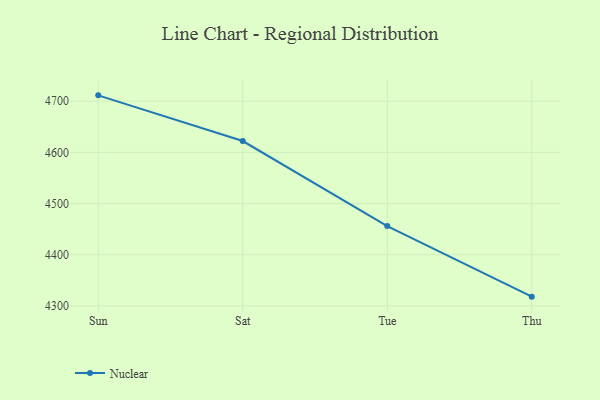
{"axis": {"x": "Day", "y": "Revenue (USD Million)"}, "legend": ["Nuclear"], "data": [{"x": "Sun", "y": 4711.4, "type": "Nuclear"}, {"x": "Sat", "y": 4622.2, "type": "Nuclear"}, {"x": "Tue", "y": 4456.2, "type": "Nuclear"}, {"x": "Thu", "y": 4318.3, "type": "Nuclear"}]}